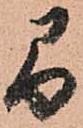
間